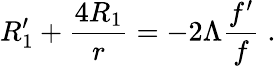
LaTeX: R_{1}^{\prime}+\frac{4R_{1}}{r}=-2\Lambda\frac{f^{\prime}}{f}\; .